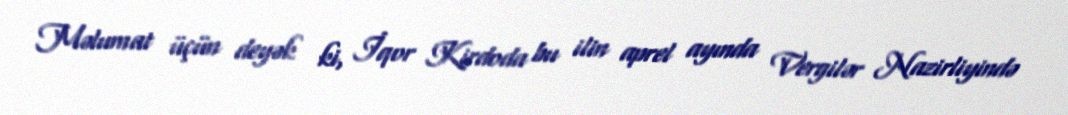
Məlumat üçün deyək ki, İqor Kirdoda bu ilin aprel ayında Vergilər Nazirliyində